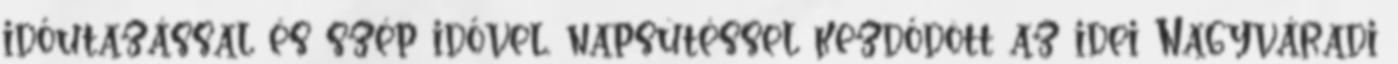
időutazással és szép idővel, napsütéssel kezdődött az idei Nagyváradi